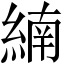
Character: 䋻